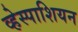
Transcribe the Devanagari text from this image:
व्हेस्पाशियन